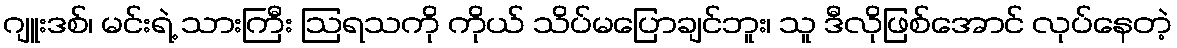
ဂျူးဒစ်၊ မင်းရဲ့ သားကြီး ဩရသကို ကိုယ် သိပ်မပြောချင်ဘူး၊ သူ ဒီလိုဖြစ်အောင် လုပ်နေတဲ့